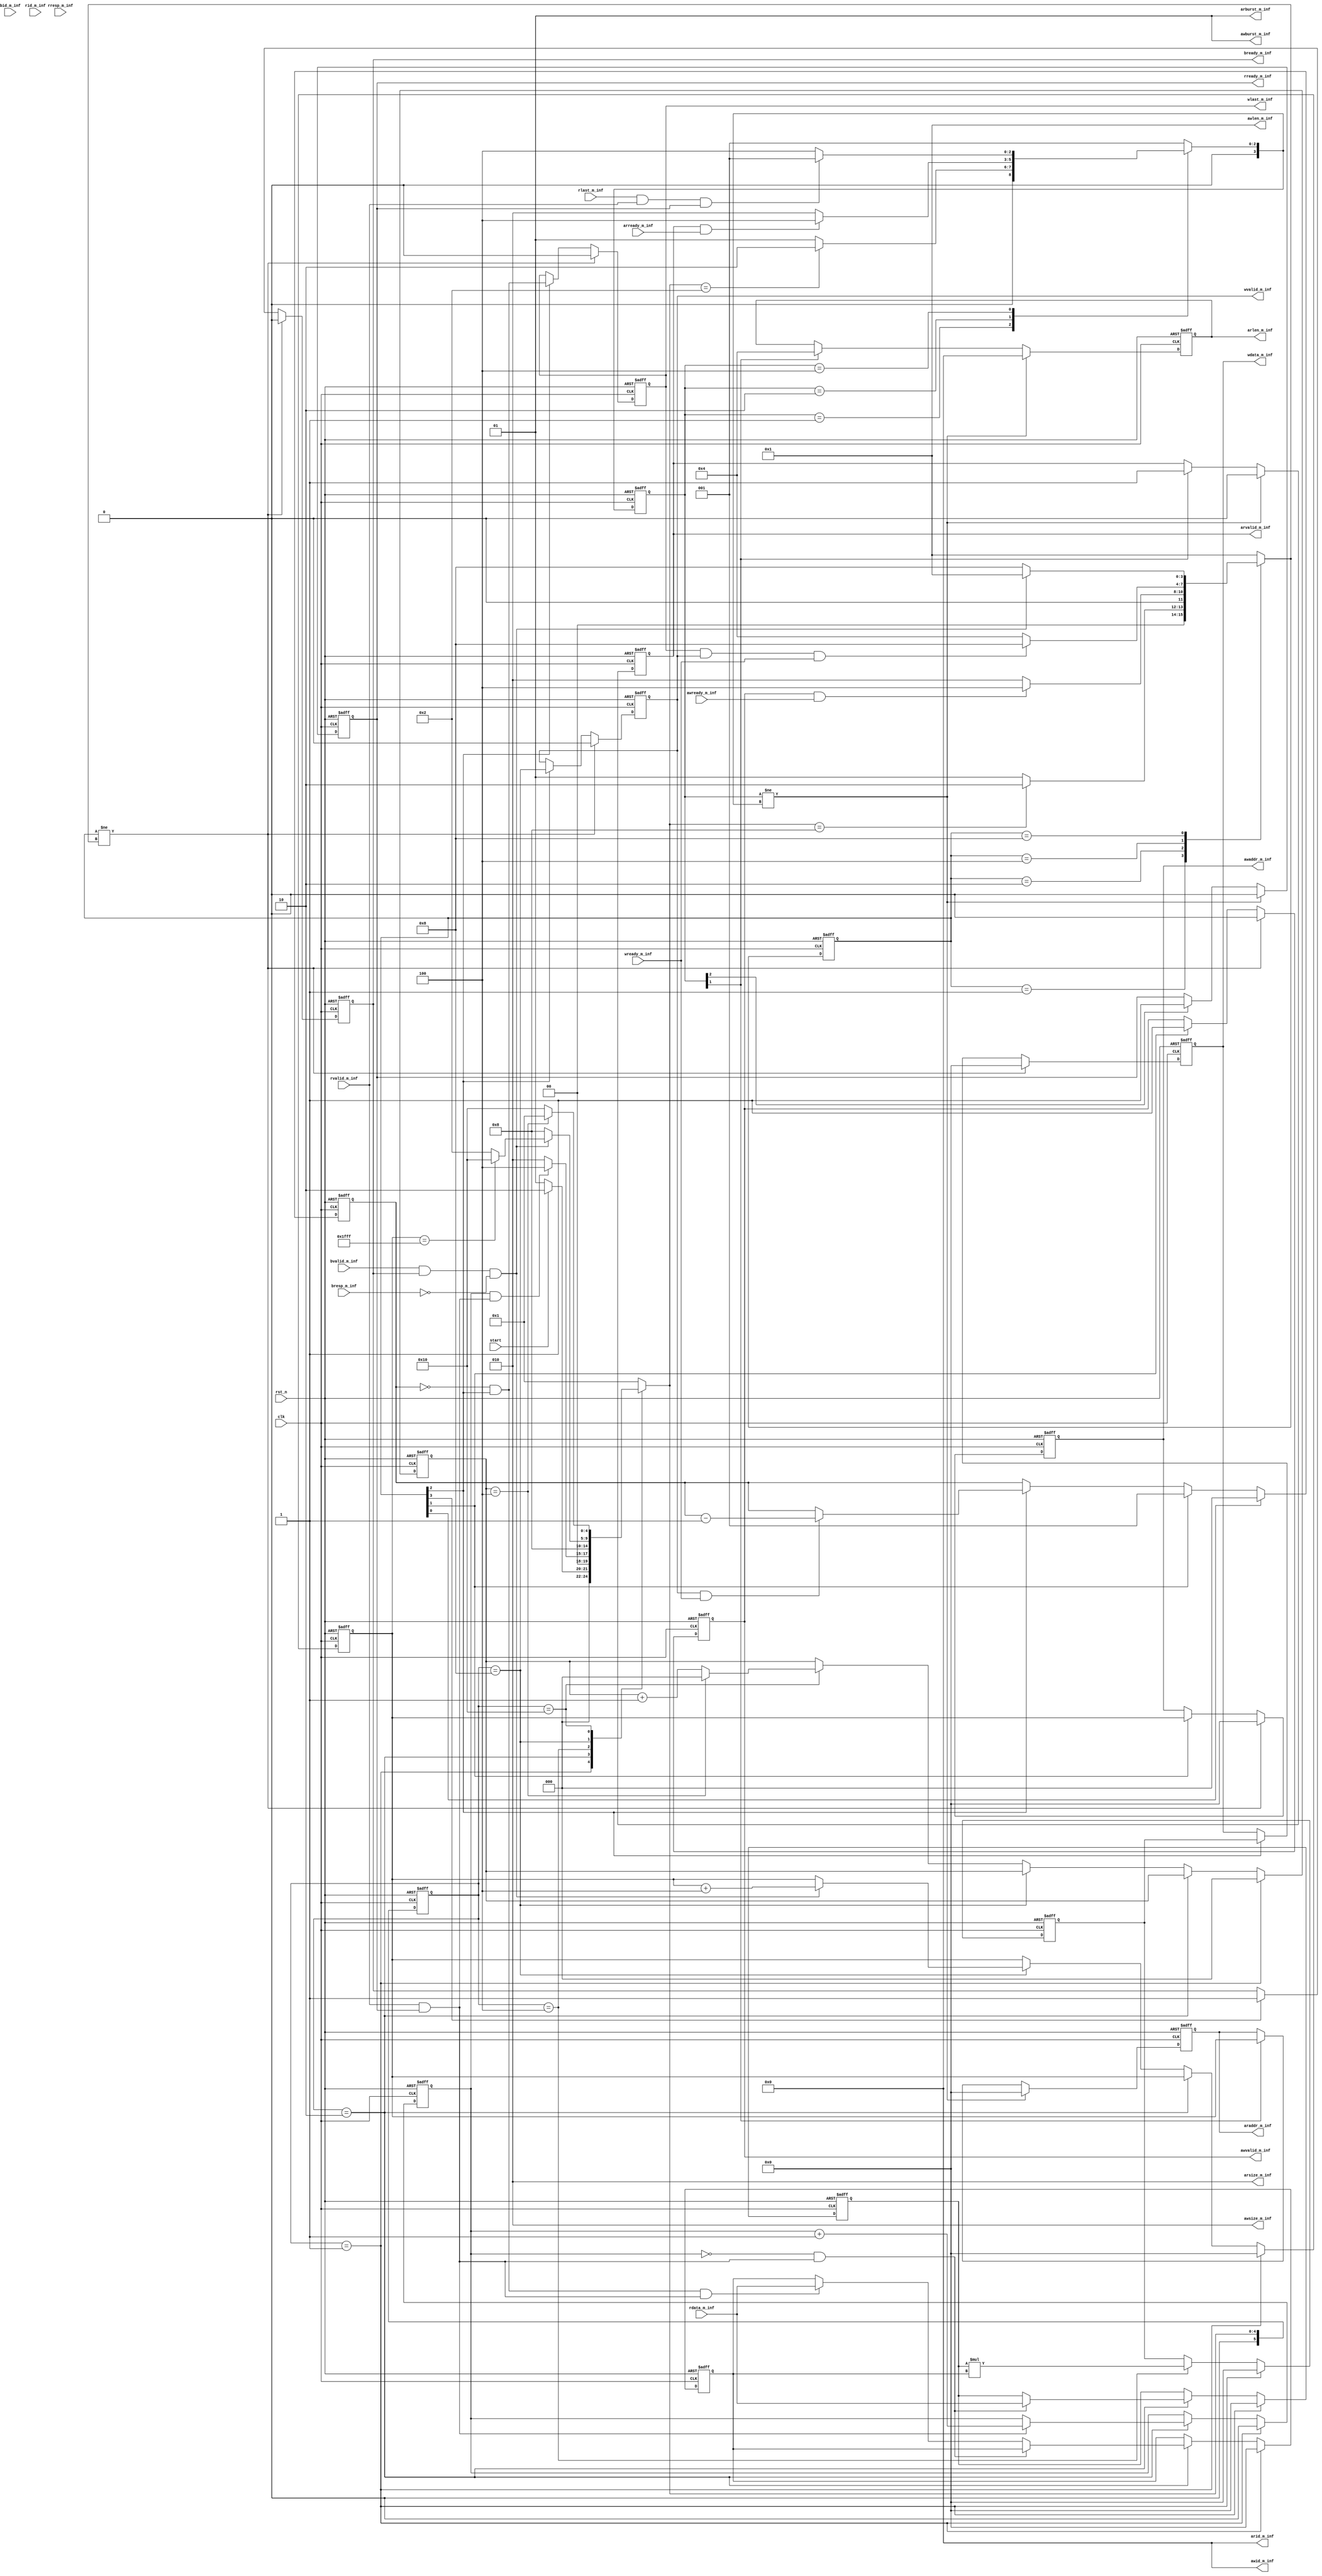
module axi_inf(
           // global signals
           clk,
           rst_n,

           start,
           // axi write address channel
           awid_m_inf,
           awaddr_m_inf,
           awsize_m_inf,
           awburst_m_inf,
           awlen_m_inf,
           awvalid_m_inf,
           awready_m_inf,
           // axi write data channel
           wdata_m_inf,
           wlast_m_inf,
           wvalid_m_inf,
           wready_m_inf,
           // axi write response channel
           bid_m_inf,
           bresp_m_inf,
           bvalid_m_inf,
           bready_m_inf,
           // axi read address channel
           arid_m_inf,
           araddr_m_inf,
           arlen_m_inf,
           arsize_m_inf,
           arburst_m_inf,
           arvalid_m_inf,
           // axi read data channel
           arready_m_inf,
           rid_m_inf,
           rdata_m_inf,
           rresp_m_inf,
           rlast_m_inf,
           rvalid_m_inf,
           rready_m_inf
       );

//================================================================
//  integer / genvar / parameter
//================================================================
integer i, j;
//  axi
parameter ID_WIDTH = 4 ,ADDR_WIDTH = 32, DATA_WIDTH = 32,
          DRAM_NUMBER = 1, WRIT_NUMBER = 1 ;

//================================================================
//  INPUT AND OUTPUT DECLARATION
//================================================================
// global signals
input   clk, rst_n,start;

// axi write address channel
output  wire [WRIT_NUMBER * ID_WIDTH-1:0]        awid_m_inf;
output  reg [WRIT_NUMBER * ADDR_WIDTH-1:0]     awaddr_m_inf;
output  wire [WRIT_NUMBER * 3 -1:0]            awsize_m_inf;
output  wire [WRIT_NUMBER * 2 -1:0]           awburst_m_inf;
output   [WRIT_NUMBER * 4 -1:0]               awlen_m_inf;
output  reg [WRIT_NUMBER-1:0]                awvalid_m_inf;
input   wire [WRIT_NUMBER-1:0]                awready_m_inf;
// ---------------------------------------------------------------
// axi write data channel
output  reg [WRIT_NUMBER * DATA_WIDTH-1:0]     wdata_m_inf;
output  reg [WRIT_NUMBER-1:0]                  wlast_m_inf;
output  reg [WRIT_NUMBER-1:0]                 wvalid_m_inf;
input   wire [WRIT_NUMBER-1:0]                 wready_m_inf;
// ---------------------------------------------------------------
// axi write response channel
input   wire [WRIT_NUMBER * ID_WIDTH-1:0]         bid_m_inf;
input   wire [WRIT_NUMBER * 2 -1:0]             bresp_m_inf;
input   wire [WRIT_NUMBER-1:0]                 bvalid_m_inf;
output  reg [WRIT_NUMBER-1:0]                 bready_m_inf;
// ---------------------------------------------------------------
// axi read address channel
output  wire [DRAM_NUMBER * ID_WIDTH-1:0]        arid_m_inf;
output  reg [DRAM_NUMBER * ADDR_WIDTH-1:0]    araddr_m_inf;
output  reg [DRAM_NUMBER * 4 -1:0]             arlen_m_inf;
output  wire [DRAM_NUMBER * 3 -1:0]            arsize_m_inf;
output  wire [DRAM_NUMBER * 2 -1:0]           arburst_m_inf;
output  reg [DRAM_NUMBER-1:0]                arvalid_m_inf;
input   wire [DRAM_NUMBER-1:0]                arready_m_inf;
// ---------------------------------------------------------------
// axi read data channel
input   wire [DRAM_NUMBER * ID_WIDTH-1:0]         rid_m_inf;
input   wire [DRAM_NUMBER * DATA_WIDTH-1:0]     rdata_m_inf;
input   wire [DRAM_NUMBER * 2 -1:0]             rresp_m_inf;
input   wire [DRAM_NUMBER-1:0]                  rlast_m_inf;
input   wire [DRAM_NUMBER-1:0]                 rvalid_m_inf;
output  reg [DRAM_NUMBER-1:0]                 rready_m_inf;

//================================================================
//  CONSTANT axi signals
//================================================================
// ---------------------------------------------------------------
// axi write address channel
assign    awid_m_inf = 0      ;
assign   awlen_m_inf = 1     ;
assign  awsize_m_inf = 3'b010 ;
assign awburst_m_inf = 2'b01  ;
// ---------------------------------------------------------------
// axi read address channel
assign    arid_m_inf = 0      ;
assign  arsize_m_inf = 3'b010 ;
assign arburst_m_inf = 2'b01  ;

//================================================================
//  Multiplier
//================================================================
//===================
//  MAIN FSM
//===================
localparam  IDLE = 5'b00001,RD_DATA = 5'b00010, CAL = 5'b00100, WB = 5'b01000;
localparam  DONE = 5'b10000;

localparam OKAY = 2'b00;

reg[5:0] cur_state_ff,next_state;

wire ST_IDLE    = cur_state_ff == IDLE;
wire ST_RD_DATA = cur_state_ff == RD_DATA;
wire ST_CAL     = cur_state_ff == CAL;
wire ST_WB      = cur_state_ff == WB;
wire ST_DONE    = cur_state_ff == DONE;

//===========================
//  Registers and multiplier
//===========================
reg[DATA_WIDTH-1:0] a_ff,b_ff,out_ff;

//======================
//  rd_cnt and addr_ptr,done_cnt
//======================
reg[ADDR_WIDTH-1:0] addr_ptr;
reg rd_cnt;
reg[2:0] done_cnt;


//===============================================
//             AXIs FSM
//===============================================
//========================
//        axi states
//========================
localparam AXI_IDLE  = 4'b0001, ADDR = 4'b0010, WRITE_DATA = 4'b0100, WAIT_RESPONSE = 4'b1000;
localparam AXI_READ_DATA = 4'b0100;

//========================
//        axi write
//========================
reg[3:0] axi_wr_state_ff,axi_wr_next_state;
reg[3:0] axi_rd_state_ff,axi_rd_next_state;

wire AXI_WR_idle                = axi_wr_state_ff[0];
wire AXI_WR_addr                = axi_wr_state_ff[1];
wire AXI_WR_write_data          = axi_wr_state_ff[2];
wire AXI_WR_wait_response       = axi_wr_state_ff[3];

wire AXI_RD_idle                = axi_rd_state_ff[0];
wire AXI_RD_addr                = axi_rd_state_ff[1];
wire AXI_RD_data                = axi_rd_state_ff[2];
//===============================
//              cnts
//===============================
reg[2:0] wr_burst_cnt;

//===============================
//              FLAGS
//===============================
//AXI wr
wire wr_addr_sent_f      = awvalid_m_inf && awready_m_inf;
wire data_wrote_f     = wlast_m_inf   && wvalid_m_inf && wready_m_inf;
wire write_responed_f = bvalid_m_inf  && bready_m_inf && bresp_m_inf == OKAY;
wire valid_write_transaction_f = wvalid_m_inf && wready_m_inf;

//AXI rd
wire rd_addr_sent_f   = arvalid_m_inf && arready_m_inf;
wire all_data_received_f = rlast_m_inf && rvalid_m_inf && rready_m_inf;

// Multipler
wire rd_done_f                   = rd_cnt == 1;
wire timed_out_f                 = done_cnt == 4;

//====================================================================
//                              DESIGN
//====================================================================
//===========================================
//              AXI WRITE CHANNEL
//===========================================
//===================
//       FSM
//===================
always @(posedge clk or negedge rst_n)
begin
    if(~rst_n)
        axi_wr_state_ff <= AXI_IDLE;
    else
    begin
        axi_wr_state_ff <=axi_wr_next_state;
    end
end

always @(*)
begin
    case(axi_wr_state_ff)
        AXI_IDLE:
            axi_wr_next_state = (next_state == WB) ? ADDR : AXI_IDLE;
        ADDR:
            axi_wr_next_state = wr_addr_sent_f ? WRITE_DATA : ADDR;
        WRITE_DATA:
            axi_wr_next_state = data_wrote_f ? WAIT_RESPONSE:WRITE_DATA;
        WAIT_RESPONSE:
            axi_wr_next_state = write_responed_f ? AXI_IDLE:WAIT_RESPONSE;
        default:
            axi_wr_next_state = AXI_IDLE;
    endcase
end

//===============================
//          WR burst cnt
//===============================
always @(posedge clk or negedge rst_n)
begin
    if(~rst_n)
    begin
        wr_burst_cnt <= 0;
    end
    else if(AXI_WR_idle)
    begin
        wr_burst_cnt <= 0;
    end
    else if(AXI_WR_addr)
    begin
        wr_burst_cnt <= awlen_m_inf;
    end
    else if(AXI_WR_write_data)
    begin
        if(valid_write_transaction_f)
            wr_burst_cnt <= wr_burst_cnt - 1;
    end
end
//===============================
//         WRITE ADDRESS
//===============================
always @(posedge clk or negedge rst_n)
begin
    if(~rst_n)
    begin
        awaddr_m_inf  <= 0;
        awvalid_m_inf <= 0;
    end
    else if(axi_wr_state_ff != axi_wr_next_state)
    begin
        awaddr_m_inf <= 0;
        awvalid_m_inf <= 0;
    end
    else if(AXI_WR_addr)
    begin
        awaddr_m_inf  <= addr_ptr;
        awvalid_m_inf <= 1;
    end
end

//===============================
//          WRITE DATA
//===============================
wire burst_done_f = (wr_burst_cnt == 0) && AXI_WR_write_data;
always @(posedge clk or negedge rst_n)
begin
    if(~rst_n)
    begin
        wdata_m_inf   <= 0;
        wlast_m_inf   <= 0;
        wvalid_m_inf  <= 0;
    end
    else if(axi_wr_state_ff != axi_wr_next_state)
    begin
        wdata_m_inf   <= 0;
        wlast_m_inf   <= 0;
        wvalid_m_inf  <= 0;
    end
    else if(AXI_WR_write_data)
    begin
        wdata_m_inf   <= out_ff;
        wlast_m_inf   <= burst_done_f;
        wvalid_m_inf  <= ST_WB;
    end
end

//===============================
//          WRITE RESPONSE
//===============================
always @(posedge clk or negedge rst_n)
begin
    if(~rst_n)
    begin
        bready_m_inf   <= 0;
    end
    else if(axi_wr_state_ff != axi_wr_next_state)
    begin
        bready_m_inf   <= 0;
    end
    else if(AXI_WR_wait_response)
    begin
        bready_m_inf   <= AXI_WR_wait_response;
    end
end

//==================================================================
//                      AXI READ TRANSACTION
//==================================================================
//=============================
//              FSM
//=============================
always @(posedge clk or negedge rst_n)
begin
    if(~rst_n)
        axi_rd_state_ff <= AXI_IDLE;
    else
    begin
        axi_rd_state_ff <= axi_rd_next_state;
    end
end

always @(*)
begin
    case(axi_rd_state_ff)
        AXI_IDLE:
            axi_rd_next_state = (next_state == RD_DATA) ? ADDR : AXI_IDLE;
        ADDR:
            axi_rd_next_state = rd_addr_sent_f ? AXI_READ_DATA : ADDR;
        AXI_READ_DATA:
            axi_rd_next_state = all_data_received_f ? AXI_IDLE :AXI_READ_DATA;
        default:
            axi_rd_next_state = AXI_IDLE;
    endcase
end

//===============================
//          RD burst cnt
//===============================
reg[2:0] rd_burst_cnt;
wire valid_read_transaction_f = rready_m_inf && rvalid_m_inf;
always @(posedge clk or negedge rst_n)
begin
    if(~rst_n)
    begin
        rd_burst_cnt <= 0;
    end
    else if(AXI_RD_idle)
    begin
        rd_burst_cnt <= 0;
    end
    else if(AXI_RD_addr)
    begin
        rd_burst_cnt <= arlen_m_inf;
    end
    else if(AXI_RD_data)
    begin
        if(rd_burst_cnt == 0)
            rd_burst_cnt <= rd_burst_cnt;
        else if(valid_read_transaction_f)
            rd_burst_cnt <= rd_burst_cnt - 1;
    end
end
//===============================
//         READ ADDRESS
//===============================
always @(posedge clk or negedge rst_n)
begin
    if(~rst_n)
    begin
        araddr_m_inf   <= 0;
        arvalid_m_inf  <= 0;
        arlen_m_inf    <= 0;
    end
    else if(axi_rd_state_ff != axi_rd_next_state)
    begin
        araddr_m_inf   <= 0;
        arvalid_m_inf  <= 0;
        arlen_m_inf    <= 0;
    end
    else if(AXI_RD_addr)
    begin
        araddr_m_inf   <= addr_ptr;
        arvalid_m_inf  <= 1;
        arlen_m_inf    <= 4;
    end
end
//===============================
//         READ DATA
//===============================
always @(posedge clk or negedge rst_n)
begin
    if(~rst_n)
    begin
        rready_m_inf   <= 0;
    end
    else if(axi_rd_state_ff != axi_rd_next_state)
    begin
        rready_m_inf   <= 0;
    end
    else if(AXI_RD_data)
    begin
        rready_m_inf   <= 1;
    end
end

//==================================================================
//                              MULT
//==================================================================
//===============================
//              FSM
//===============================
always @(posedge clk or negedge rst_n)
begin
    if(~rst_n)
        cur_state_ff <= IDLE;
    else
    begin
        cur_state_ff <=next_state;
    end
end

always @(*)
begin
    case(cur_state_ff)
        IDLE:
        begin
            if(start)
            begin
                next_state = RD_DATA;
            end
            else
            begin
                next_state = IDLE;
            end
        end
        RD_DATA:
        begin
            if(rd_done_f && mult_in_valid)
            begin
                next_state = CAL;
            end
            else
            begin
                next_state = RD_DATA;
            end
        end
        CAL:
        begin
            next_state = WB;
        end
        WB:
        begin
            //Write response okay
            if(write_responed_f)
            begin
                if(addr_ptr == 32'h1fff)
                begin
                    next_state = DONE;
                end
                else
                begin
                    next_state = RD_DATA;
                end
            end
            else
            begin
                next_state = WB;
            end
        end
        DONE:
        begin
            if(timed_out_f)
            begin
                next_state = IDLE;
            end
            else
            begin
                next_state = DONE;
            end
        end
        default:
        begin
            next_state = IDLE;
        end
    endcase
end
//==============================
//  rd_cnt,addr_ptr and done_cnt
//==============================
always @(posedge clk or negedge rst_n)
begin
    if(~rst_n)
    begin
        rd_cnt <= 0;
        addr_ptr <= 0;
        done_cnt <= 0;
    end
    else if(ST_IDLE)
    begin
        rd_cnt <= 0;
        addr_ptr <= 0;
        done_cnt <= 0;
    end
    else if(ST_RD_DATA)
    begin
        rd_cnt <= mult_in_valid ? rd_cnt + 1 : rd_cnt;
    end
    else if(ST_WB)
    begin
        if(write_responed_f)
        begin
            addr_ptr <= addr_ptr + 4;
        end
    end
    else if(ST_DONE)
    begin
        done_cnt <= timed_out_f ? 0 : done_cnt + 1;
    end
end

//==============================
//  MULT Registers
//==============================
always @(posedge clk or negedge rst_n)
begin
    if(~rst_n)
    begin
        out_ff <= 0;
    end
    else if(ST_IDLE)
    begin
        out_ff <= 0;
    end
    else if(ST_CAL)
    begin
        out_ff <= a_ff * b_ff;
    end
    else
    begin
        out_ff <= out_ff;
    end
end

wire mult_in_valid;
assign mult_in_valid = rvalid_m_inf && rready_m_inf;

//a_ff and b_ff
always @(posedge clk or negedge rst_n)
begin
    if(~rst_n)
    begin
        a_ff<= 0;
        b_ff<= 0;
    end
    else if(ST_IDLE)
    begin
        a_ff<= 0;
        b_ff<= 0;
    end
    else if(ST_RD_DATA)
    begin
        if(rd_cnt == 0 && mult_in_valid)
        begin
            a_ff<= rdata_m_inf;
        end
        else if(burst_done_f && mult_in_valid)
        begin
            b_ff<= rdata_m_inf;
        end
    end
    else
    begin
        a_ff<= a_ff;
        b_ff<= b_ff;
    end
end


endmodule